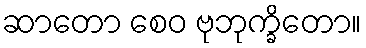
ဆာတော စေဝ ဗုဘုက္ခိတော။